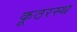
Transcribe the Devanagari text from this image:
कूठरस्थ